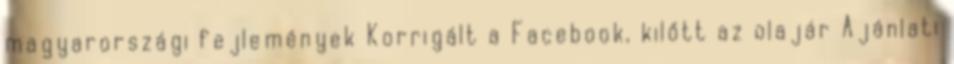
magyarországi fejlemények Korrigált a Facebook, kilőtt az olajár Ajánlati